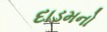
દાડમનો